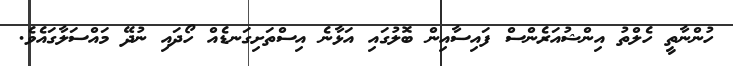
ހުންނާތީ ހެލްތު އިންޝުއަރެންސް ފައިސާއިން ބޮލުގައި އަޅާނެ އިސްތަށިގަނޑެއް ހޯދައި ނުދޭ މައްސަލާގައެވެ.